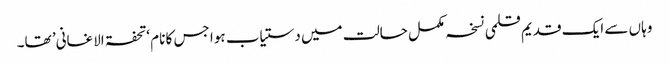
وہاں سے ایک قدیم قلمی نسخہ مکمل حالت میں دستیاب ہوا جس کا نام ‘تحفۃ الاغانی’ تھا۔